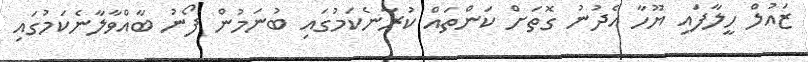
ޒައުލް ހީލާފައި ޔޫހާ އެދުނު ގޮތަށް ކަންތައް ކުރާނެކަމުގައި ބުނަމުން ފޯނު ބާއްވާލާނެކަމުގައި